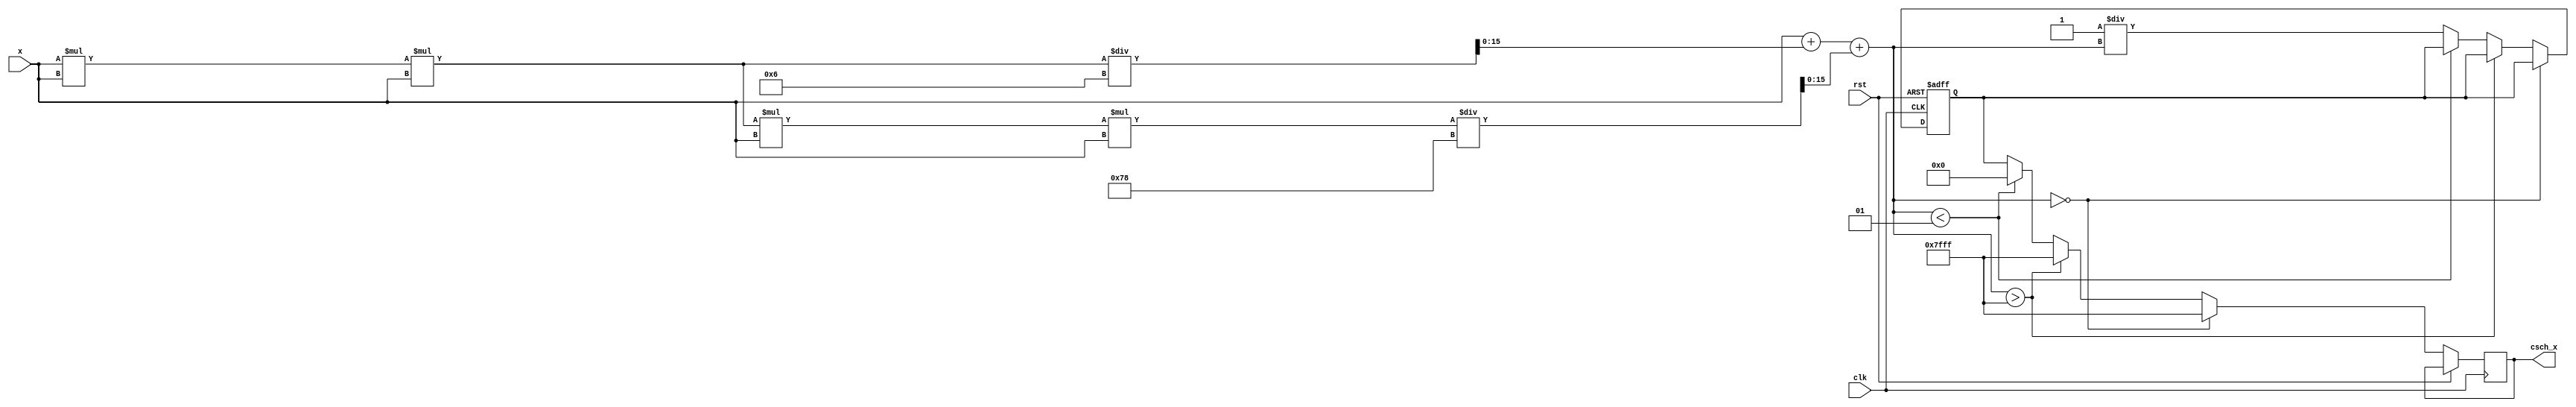
module hyperbolic_cosecant (
    input  wire signed [15:0] x,         // Input x (fixed-point representation)
    output reg  signed [15:0] csch_x,    // Output csch(x)
    input  wire clk,
    input  wire rst
);

    // Internal signals
    wire signed [15:0] sinh_x;
    reg signed [15:0] reciprocal_sinh;
    reg valid_sinh;
    
    // Parameters for overflow/underflow handling
    parameter signed [15:0] MAX_SINH = 16'h7FFF; // Max representable value
    parameter signed [15:0] MIN_SINH = 16'h0001; // Min representable value (to avoid division by zero)
    
    // Sine Hyperbolic Calculation (simple approximation)
    function signed [15:0] sinh;
        input signed [15:0] x;
        begin
            // Using Taylor series expansion for sinh(x) = x + x^3/6 + x^5/120
            sinh = x + (x * x * x) / 6 + (x * x * x * x * x) / 120;
        end
    endfunction

    // Compute sinh(x)
    assign sinh_x = sinh(x);
    
    // Reciprocal Calculation
    always @(posedge clk or posedge rst) begin
        if (rst) begin
            reciprocal_sinh <= 16'h0000; // Reset output
            valid_sinh <= 1'b0;
        end else begin
            // Check for edge cases
            if (sinh_x == 0) begin
                csch_x <= 16'h7FFF; // Output infinity or error signal
                valid_sinh <= 1'b0;
            end else if (sinh_x > MAX_SINH) begin
                csch_x <= 16'h7FFF; // Output saturation for overflow
                valid_sinh <= 1'b0;
            end else if (sinh_x < MIN_SINH) begin
                csch_x <= 16'h0000; // Output saturation for underflow
                valid_sinh <= 1'b0;
            end else begin
                // Calculate reciprocal
                reciprocal_sinh <= 16'h0001 / sinh_x; // Simple division (can be optimized)
                csch_x <= reciprocal_sinh;
                valid_sinh <= 1'b1;
            end
        end
    end

endmodule